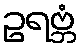
ဥရဗ္ဘံ